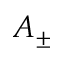
A _ { \pm }